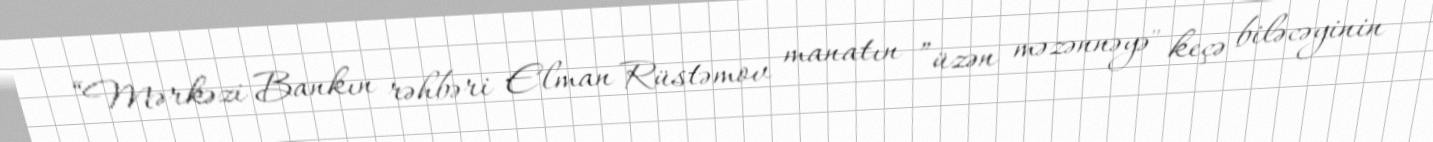
“Mərkəzi Bankın rəhbəri Elman Rüstəmov manatın ”üzən məzənnəyə" keçə biləcəyinin